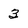
Character: 3